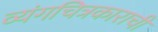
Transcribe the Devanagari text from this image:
व्यंगचित्रकाराची